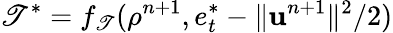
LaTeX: \mathscr{T}^{*}=f_{\mathscr{T}}(\rho^{n+1},e_{t}^{*}-\| \mathbf{{u}}^{n+1}\| ^{2}/2)